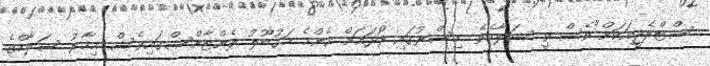
ސްޓްރެޖީއަކަށް"ވެސް ވީ ސަލާހެވެ. މިސްރުގައި ރޯދައަށް އެންމެ މަގުބޫލު ލެންޓާންސްގައިވެސް މިހާރު ސަލާހްގެ